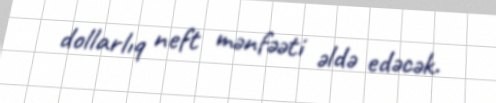
dollarlıq neft mənfəəti əldə edəcək.